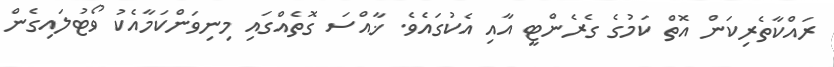
ރައްކާތެރިކަން އޮތް ކަމުގެ ގެރެންޓީ އާއި އެކުގައެވެ. ޚާއްސަ ގޮތެއްގައި މިނިވަންކަމާއެކު ވޯޓުލައިގެން